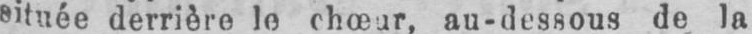
située derrière le chœur, au-dessous de la